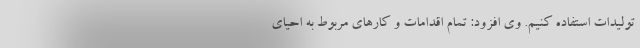
تولیدات استفاده کنیم. وی افزود: تمام اقدامات و کارهای مربوط به احیای